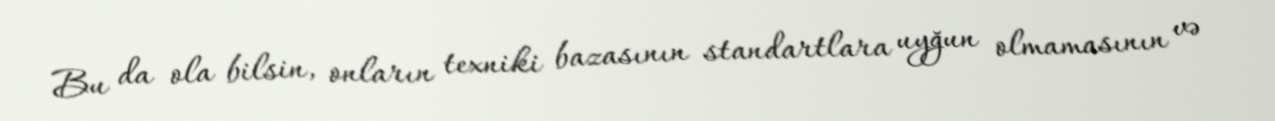
Bu da ola bilsin, onların texniki bazasının standartlara uyğun olmamasının və